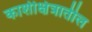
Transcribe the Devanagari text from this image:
काशीक्षेत्रातील